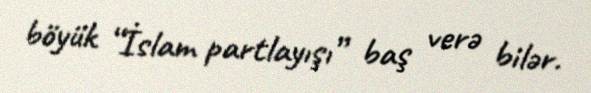
böyük “İslam partlayışı” baş verə bilər.